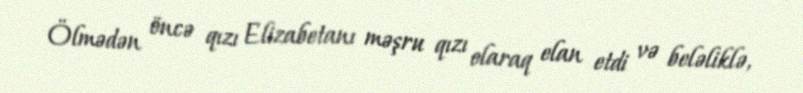
Ölmədən öncə qızı Elizabetanı məşru qızı olaraq elan etdi və beləliklə,